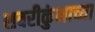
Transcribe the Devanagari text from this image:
शबरीकुंभाच्या